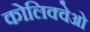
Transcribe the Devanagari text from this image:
कोलिक्वेओ